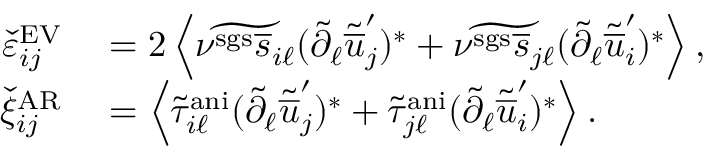
\begin{array} { r l } { \check { \varepsilon } _ { i j } ^ { \mathrm { E V } } } & { { } = 2 \left< \widetilde { \nu ^ { \mathrm { s g s } } \overline { { s } } _ { i \ell } } ( \tilde { \partial } _ { \ell } \tilde { \overline { { u } } } _ { j } ^ { \prime } ) ^ { * } + \widetilde { \nu ^ { \mathrm { s g s } } \overline { { s } } _ { j \ell } } ( \tilde { \partial } _ { \ell } \tilde { \overline { { u } } } _ { i } ^ { \prime } ) ^ { * } \right> , } \\ { \check { \xi } _ { i j } ^ { \mathrm { A R } } } & { { } = \left< \tilde { \tau } _ { i \ell } ^ { \mathrm { a n i } } ( \tilde { \partial } _ { \ell } \tilde { \overline { { u } } } _ { j } ^ { \prime } ) ^ { * } + \tilde { \tau } _ { j \ell } ^ { \mathrm { a n i } } ( \tilde { \partial } _ { \ell } \tilde { \overline { { u } } } _ { i } ^ { \prime } ) ^ { * } \right> . } \end{array}